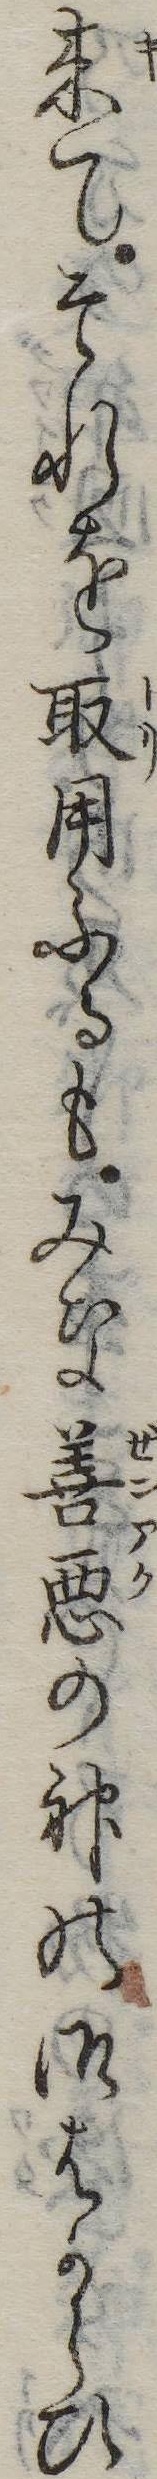
来てそれを取用ふるもみな善悪の神の御はからひ